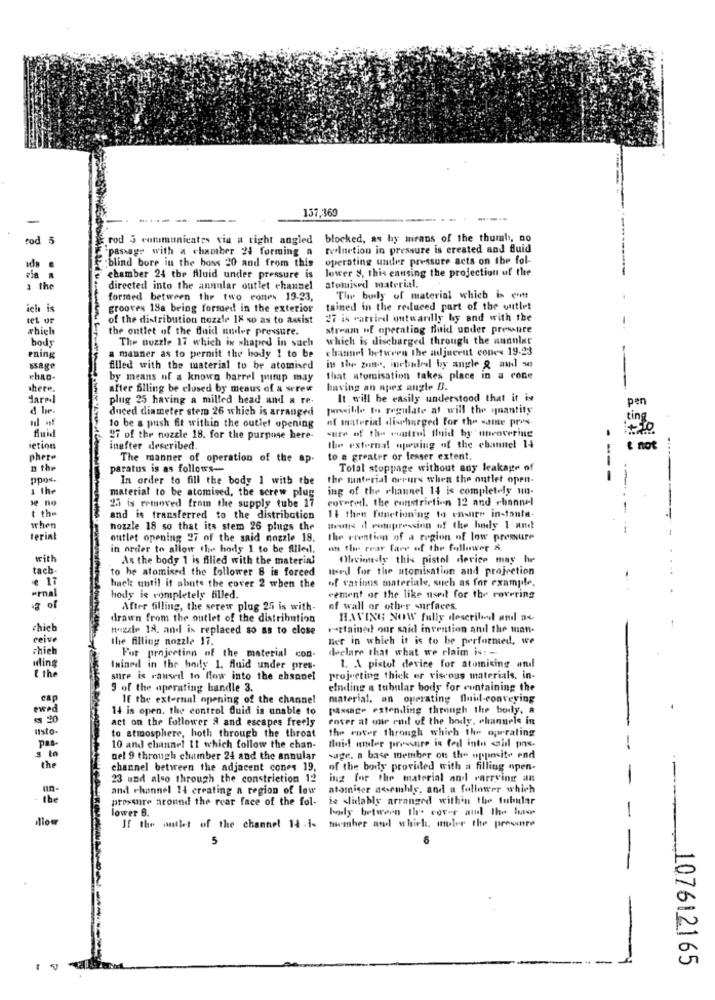
137,369
-
---- -
rod 5
rod 3 communicates via a right angled blocked, as by means of the thumb, no
"passage with a chamber 24 forming a toolnetion in pressure is created and fluid
operating under pressure acts on the fol-
:blind bore in the boss 20 and from this
lower 8, this causing the projection of the
chamber 24 the fluid under pressure is
3 the
directed into the annnlar outlet channel
atomised material.
formed between the two cones 19-23,
The body of material which is e'
ich is
grooves 18a bring formed in the exterior
tained in the reduced part of the outlet
tet or
of the distribution nozzle 18 so as to assist
27 is carried outwardlly by and with the
-
wbich
the ontlet of the fluid nuder pressure.
stream of operating Buid under pressure
body
The puzzle 17 which ix shaped in such
which is discharged through the ananler
channel between the adjecent cones 19-23
ening
a manner as to permit the body ! to be
ssage
filled with the material to be atomised
in the zone, inebiuled by angle & and se
by means of a known barrel pimp may
that atomisation takes place in a cone
shere.
after filling be closed by meaus of a screw
having an apex angle D.
plug 25 having a milled head and a re-
It will be easily understood that it is
duced diameter stem 26 which is arranged
powille to regulate af will the quantity
pen
of material discharged for the same pres.
to be a push fit within the outlet opening
sure of the control fluid by' uncovering
10
27 of the nozzle 18. for the purpose here-
ietion
inefter described.
the external opening of the channel 14
phere
The manner of operation of the ap.
to a greater or lesser extent.
n the
paratus is as follows-
Total stoppage without any leakage of
ppo«
In order to fill the body 1 with the
the material orrurs when the ontlet open-
1 the
ing of the channel 14 is completely un-
material to be atomised, the screw plug
covered. the constriction 12 and channel
Je no
25 is removed from the supply tube 17
t the
and is transferred to the distribution
11 then functioning to ensure in-tanta-
when
nozzle 18 so that its stem 26 plugs the
Heuts il rotupressinn of the body 1 and
terial
outlet opening 27 of the said nozzle 18.
the creation of a region of low pressure
in order to allow the hody 1 to be filled.
on the rear fare of the follower A.
with
As the body 1 is filled with the material
Obviondy this pistol device may he
tach
to be atomixed the follower 8 is forced
used for the atomisation and projection
of various materiale, such as for example.
€ 17
hack until it abnts the cover 2 when the
-mal
hody is completely filled.
cement or the like useit for the covering
13 of
After filling, the serew plug 25 is with-
of wall or other surfaces.
drawn from the outlet of the distribution
HAVING NOW fully described and as-
chieb
Hozzle 18. and is replaced so as to close
vartained our said invention and the man-
ceive
the filling nozzle 17.
Ber in which it is to be performed, we
chieb
declare that what we claim is: -
wling
For projecting of the material con-
Inined in the holy 1. fluid under pres-
1. A pistol device for atomicing and
t the
sure is caused to flow into the ehsanel
projecting thick or viscous materials, in-
9 of the operating handle 3.
elnding a tubular body for containing the
cap
If the external opening of the channel
material. an operating fluidl-conveying
ewed
14 is open. the control fluid is unable to
passage extending through the body, a
.
20
act on the follower & and escapes freely
eover at our end of the body, channels in
Isto-
to atmosphere, hoth through the throat
the rover through which the operating
pas
10 and channel 11 which follow the chan-
fluid under pressure is fed into <il pns.
-
nel 9 through chamber 24 and the annular
sage. a base member on the opposite end
the
channel between the adjacent cones 19,
of the body provided with a filling open-
23 und also through the constriction 12
ing for the material and carrying an
-
un.
and channel 14 creating a region of low
atomnicer assembly, and a follower which
Ibe
pressure around the rear face of the fol-
is slidably arranged within the tubular
lower B.
body between the cover and the luise
firmher and which. mler the pressure
-
If the outlet of the channel 14.i-
-
-
107612165